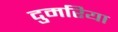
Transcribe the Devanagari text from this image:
दुमरिया